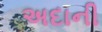
અદાની